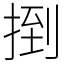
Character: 捯